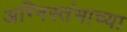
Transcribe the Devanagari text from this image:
अग्निस्तंभाच्या